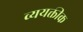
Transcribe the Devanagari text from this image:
व्ययक्तीक